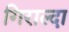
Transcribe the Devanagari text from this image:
गिराल्दा